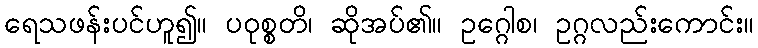
ရေသဖန်းပင်ဟူ၍။ ပဝုစ္စတိ၊ ဆိုအပ်၏။ ဥဂ္ဂေါစ၊ ဥဂ္ဂလည်းကောင်း။